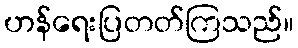
ဟန်ရေးပြတတ်ကြသည်။